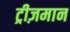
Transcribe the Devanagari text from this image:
ट्रीज़मान